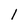
Character: 1